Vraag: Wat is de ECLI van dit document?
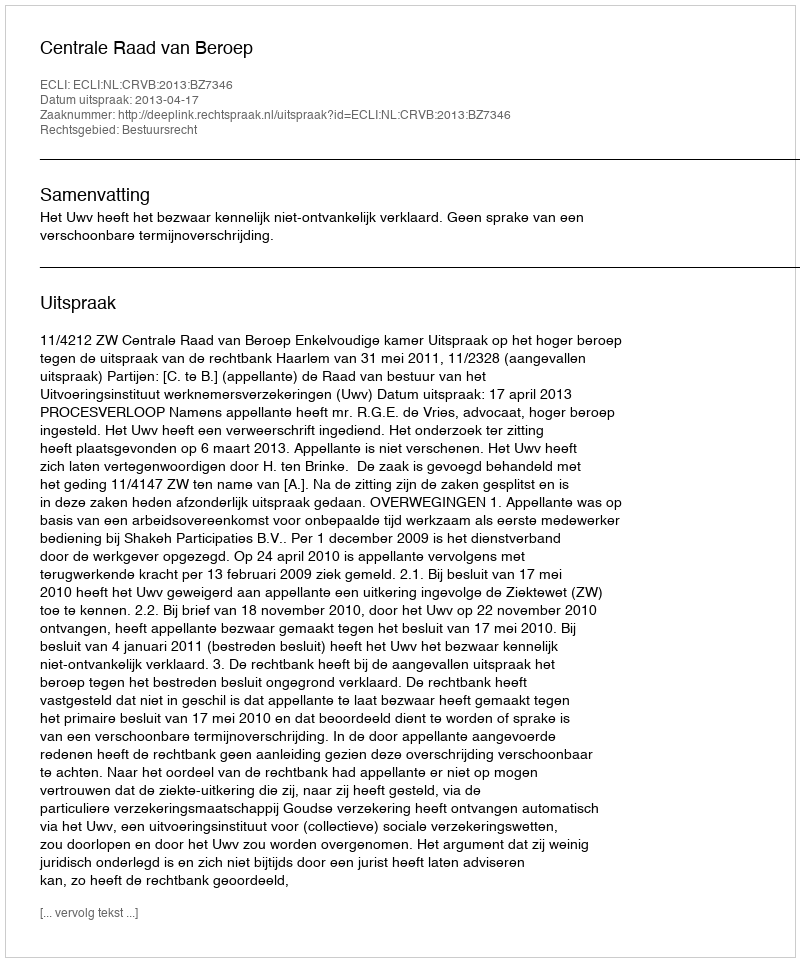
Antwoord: ECLI:NL:CRVB:2013:BZ7346